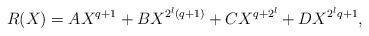
LaTeX: \begin{align*}R(X) = A X^{q+1} + B X^{2^l(q+1)} + C X^{q + 2^l} + D X^{2^lq+1},\end{align*}